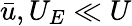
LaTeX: \bar{u},U_{E}\ll U